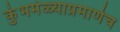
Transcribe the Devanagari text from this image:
कुंभमेळ्याप्रमाणेच